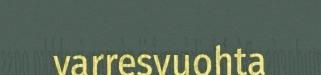
varresvuohta